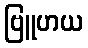
ဗြူဟယ